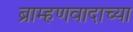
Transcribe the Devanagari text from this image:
ब्राम्हणवादाच्या